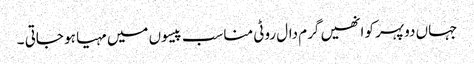
جہاں دوپہر کو انھیں گرم دال روٹی مناسب پیسوں میں مہیا ہو جاتی ۔